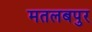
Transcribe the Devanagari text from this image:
मतलबपुर